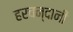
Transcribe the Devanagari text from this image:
हरचन्दानी